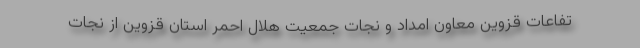
تفاعات قزوین معاون امداد و نجات جمعیت هلال احمر استان قزوین از نجات